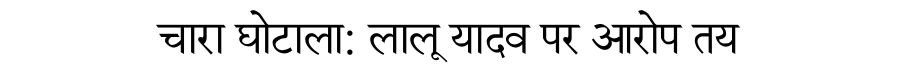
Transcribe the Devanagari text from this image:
चारा घोटाला: लालू यादव पर आरोप तय